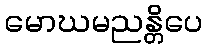
မောဃမညန္တိပေ